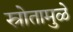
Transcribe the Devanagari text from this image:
स्रोतामुळे